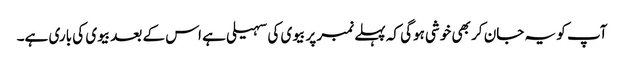
آپ کو یہ جان کر بھی خوشی ہوگی کہ پہلے نمبر پر بیوی کی سہیلی ہے اس کے بعد بیوی کی باری ہے۔